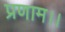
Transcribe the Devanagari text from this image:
प्रणाम।।